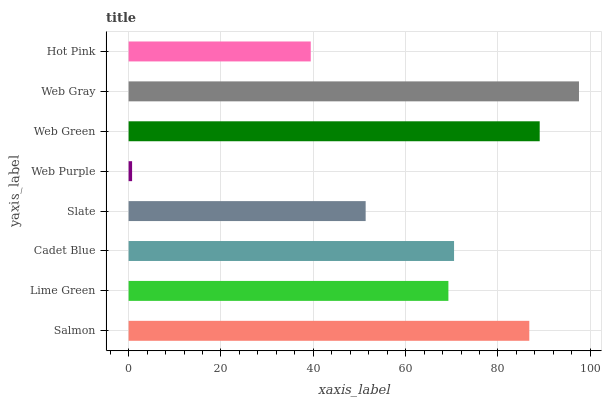
| yaxis_label | bars |
 | --- | --- |
 | Salmon | 86.8 |
 | Lime Green | 69.3 |
 | Cadet Blue | 70.5 |
 | Slate | 51.3 |
 | Web Purple | 0.754 |
 | Web Green | 89 |
 | Web Gray | 97.6 |
 | Hot Pink | 39.5 |